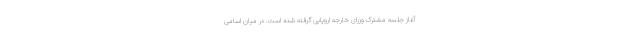
آغاز جلسه مشترک وزرای خارجه اروپایی گرفته شده است. در میان اسامی